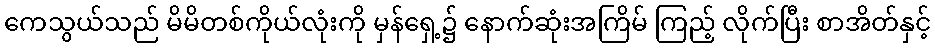
ကေသွယ်သည် မိမိတစ်ကိုယ်လုံးကို မှန်ရှေ့၌ နောက်ဆုံးအကြိမ် ကြည့် လိုက်ပြီး စာအိတ်နှင့်